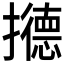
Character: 𰔹